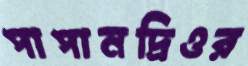
পাপানদ্রিওর